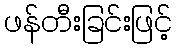
ဖန်တီးခြင်းဖြင့်